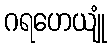
ဂရဟေယျုံ